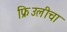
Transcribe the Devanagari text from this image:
फ्रिउलीचा